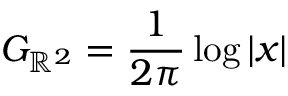
G _ { \mathbb { R } ^ { 2 } } = \frac { 1 } { 2 \pi } \log | x |